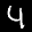
Label: 4